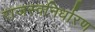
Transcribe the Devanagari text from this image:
राजस्वनिर्धारण